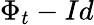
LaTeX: \Phi_{t}-Id